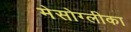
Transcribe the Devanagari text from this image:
मेसोग्लीका